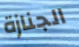
الجنازة